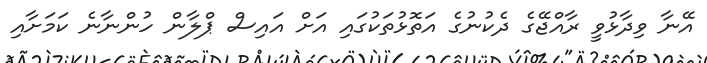
އޭނާ ވިދާޅުވީ ރާއްޖޭގެ ދެކުނުގެ އަތޮޅުތަކުގައި އަށް އައިސް ޕްލާން ހުންނާނެ ކަމަށާއި